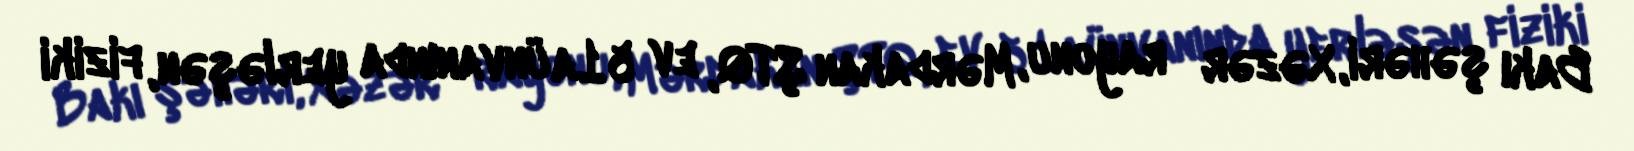
Bakı şəhəri, Xəzər ‎rayonu, Mərdakan ŞTQ, ev 51a ünvanında yerləşən, fiziki